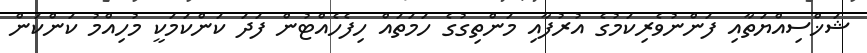
ޝަޚްސިއްޔަތާއި ފަންނުވެރިކަމުގެ އުރުފާއި މަންތިގުގެ ހަމަތައް ހިފެހެއްޓުން ފަދަ ކަންކަމަކީ މުހިއްމު ކަންކަން